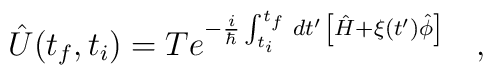
\hat{U}(t_f,t_i)=Te^{-\frac{i}{\hbar}\int_{t_i}^{t_f}\,dt'\,\left[\hat{H}+\xi(t')\hat{\phi}\right]}\ \ \ ,